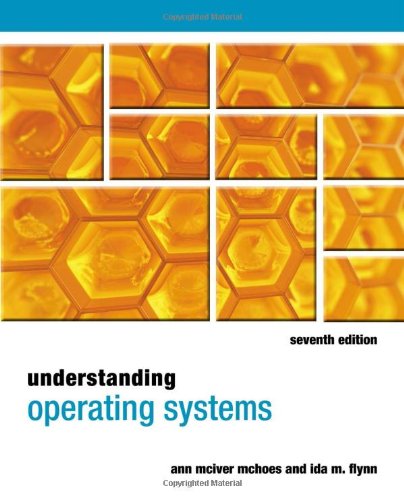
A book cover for Understanding Operating Systems; Ann McHoes; Computers & Technology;